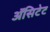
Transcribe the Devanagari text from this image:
ॲसिटेट